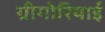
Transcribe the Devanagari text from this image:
ग्रीगोरियाई